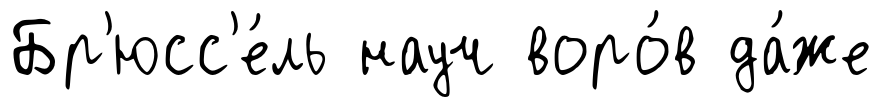
Бр'юсс'е́ль науч воро́в да́же